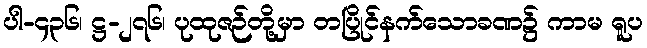
ပါ-၄၃၆၊ ဋ္ဌ-၂၇၆၊ ပုထုဇဉ်တို့မှာ တပြိုင်နက်သောခဏ၌ ကာမ ရူပ